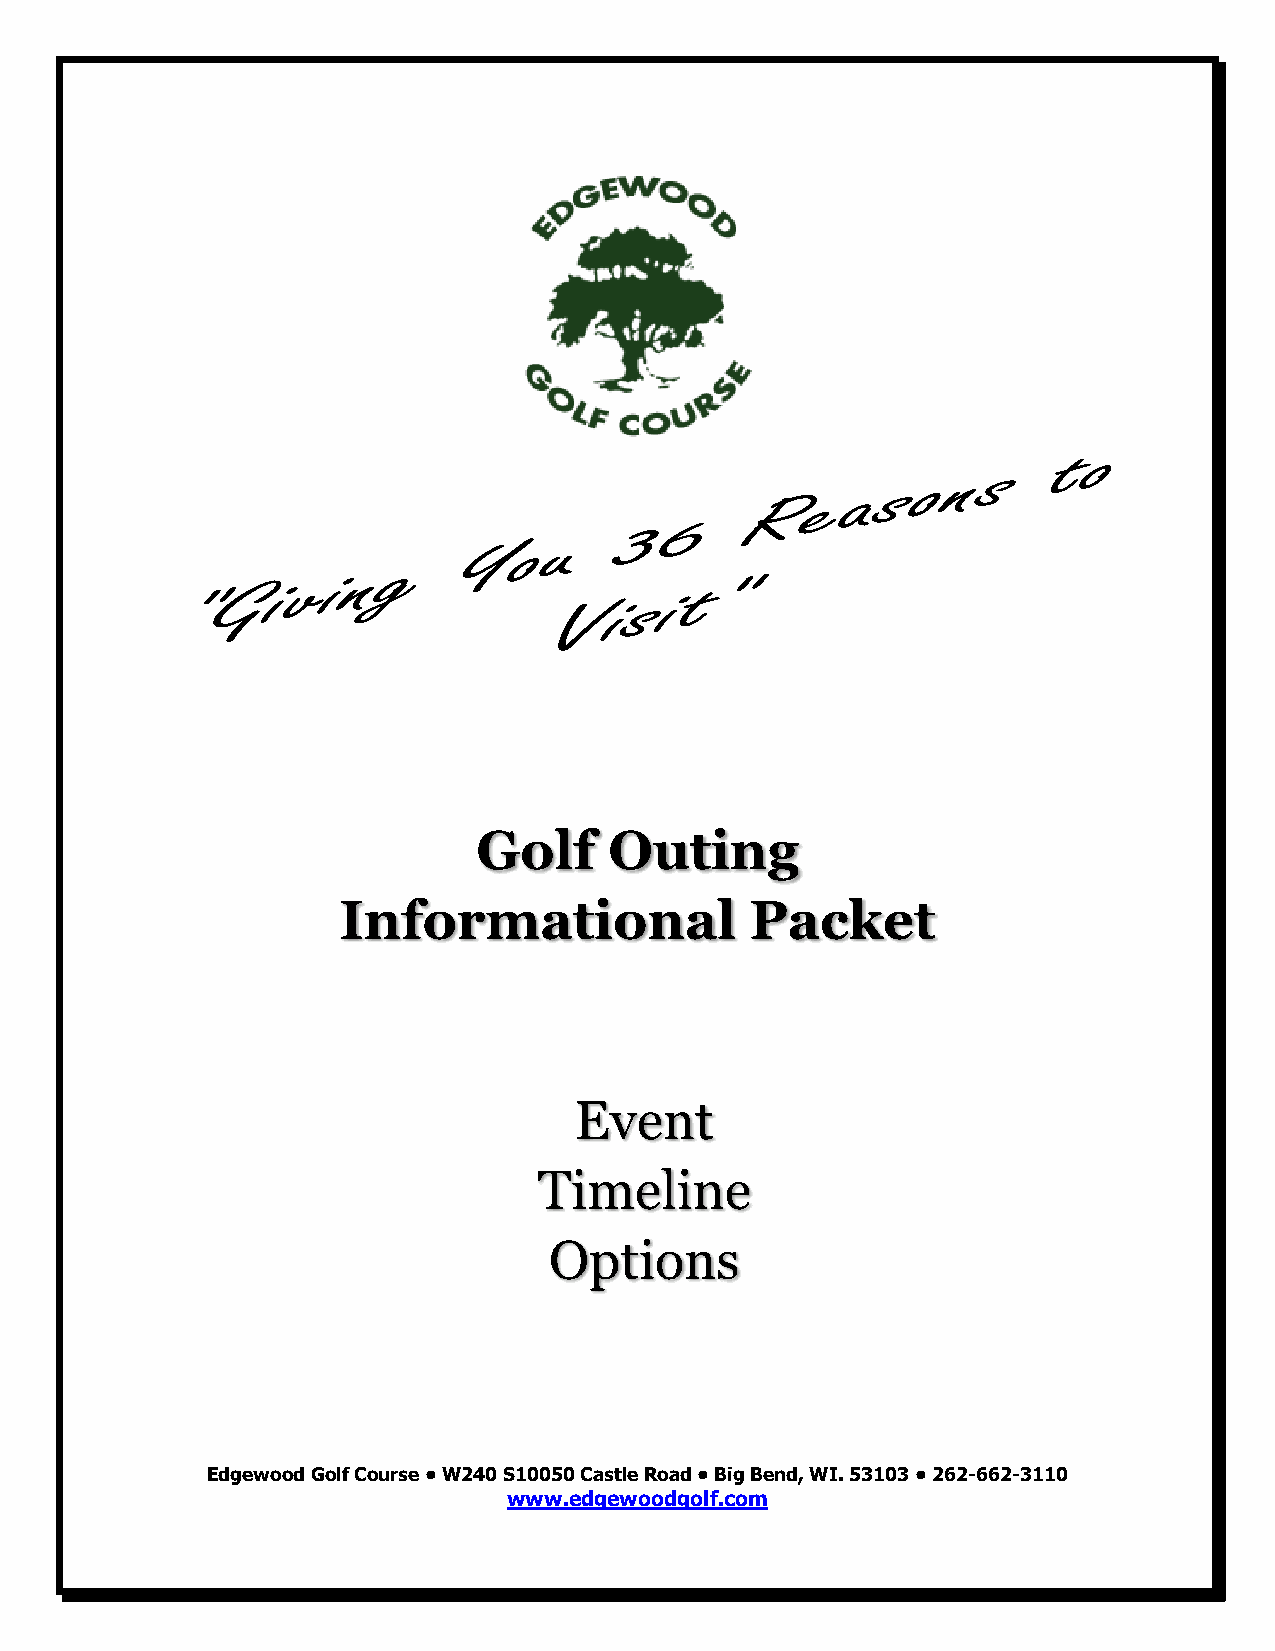
Golf    Outing
 Informational               Packet
 Event
 Timeline
 Options
 Edgewood Golf Course • W240 S10050 Castle Road • Big Bend, WI. 53103 • 262-662-3110
 www.edgewoodgolf.com